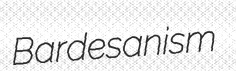
Bardesanism